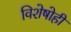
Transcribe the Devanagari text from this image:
विशेषोही